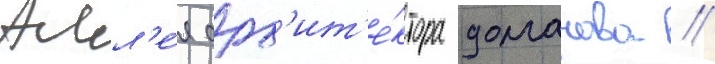
Алл'е́я арх'ит'е́ктора долганова //